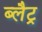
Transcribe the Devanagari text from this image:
ब्लैट्र